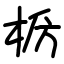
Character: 𫞊